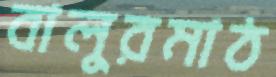
বালুরমাঠ